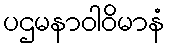
ပဌမနာဝါဝိမာနံ